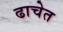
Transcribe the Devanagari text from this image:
ढाचेत